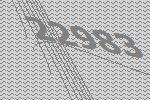
22983